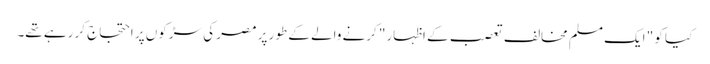
کیا کو " ایک مسلم مخالف تعصب کے اظہار" کرنے والے کے طور پر مصر کی سڑکوں پر احتجاج کر رہے تھے۔